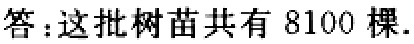
答：这批树苗共有 \(8100\) 棵.